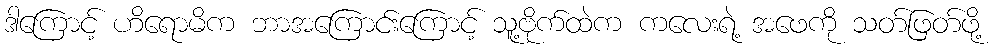
ဒါကြောင့် ဟိရောမိက ဘာအကြောင်းကြောင့် သူ့ဗိုက်ထဲက ကလေးရဲ့ အဖေကို သတ်ဖြတ်ဖို့